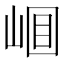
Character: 𡹎